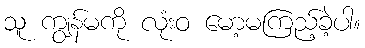
သူ ကျွန်မကို လုံးဝ မော့မကြည့်ခဲ့ပါ။